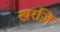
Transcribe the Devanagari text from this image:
खरज़ि